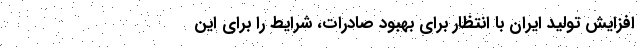
افزایش تولید ایران با انتظار برای بهبود صادرات، شرایط را برای این